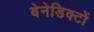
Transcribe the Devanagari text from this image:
बेनेडिक्टों